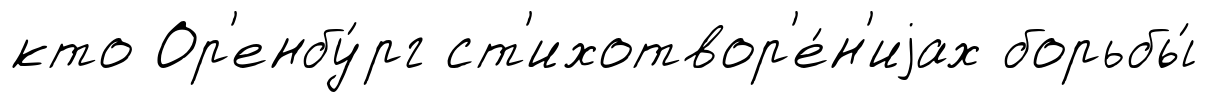
кто Ор'енбу́рг ст'ихотвор'е́н'иjах борьбы́